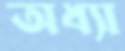
অধ্যা